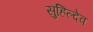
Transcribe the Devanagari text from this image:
सुहिल्देव